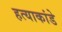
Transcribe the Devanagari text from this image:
हत्याकांडे